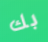
بك